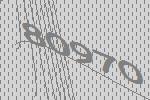
80970